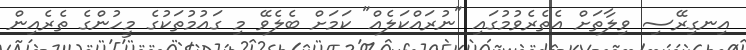
އިނގިރޭސި ވިލާތަށް އެތެރެވުމުގައި "ނުރައްކަލެއް" ކަމަށް ބެލެވޭ މި ގައުމުތަކުގެ މީހުންގެ ތެރެއިން